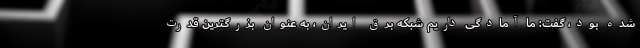
شده بود، گفت: ما آمادگی داریم شبکه برق ایران، به عنوان بزرگترین قدرت